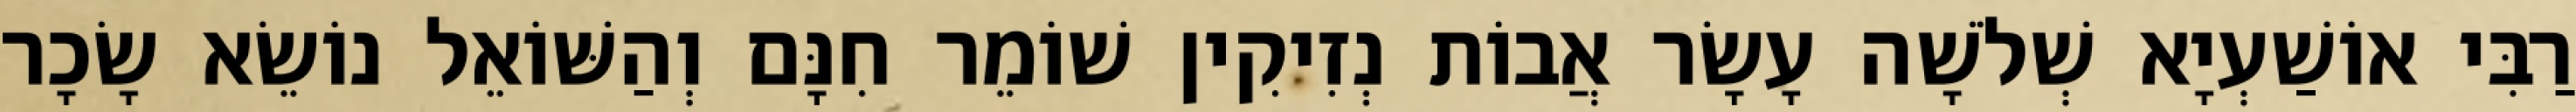
רַבִּי אוֹשַׁעְיָא שְׁלֹשָׁה עָשָׂר אֲבוֹת נְזִיקִין שׁוֹמֵר חִנָּם וְהַשּׁוֹאֵל נוֹשֵׂא שָׂכָר